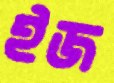
ইজ